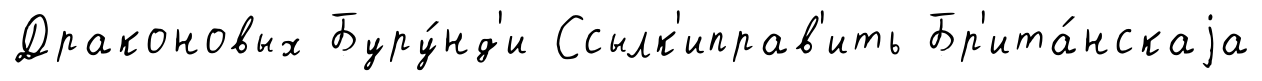
Драконовых Буру́нд'и Ссылк'иправ'ить Бр'ита́нскаjа